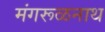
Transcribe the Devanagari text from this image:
मंगरूळनाथ